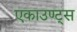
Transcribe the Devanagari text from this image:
एकाउण्ट्स